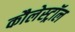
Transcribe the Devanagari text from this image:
कौलेस्ट्रॉल